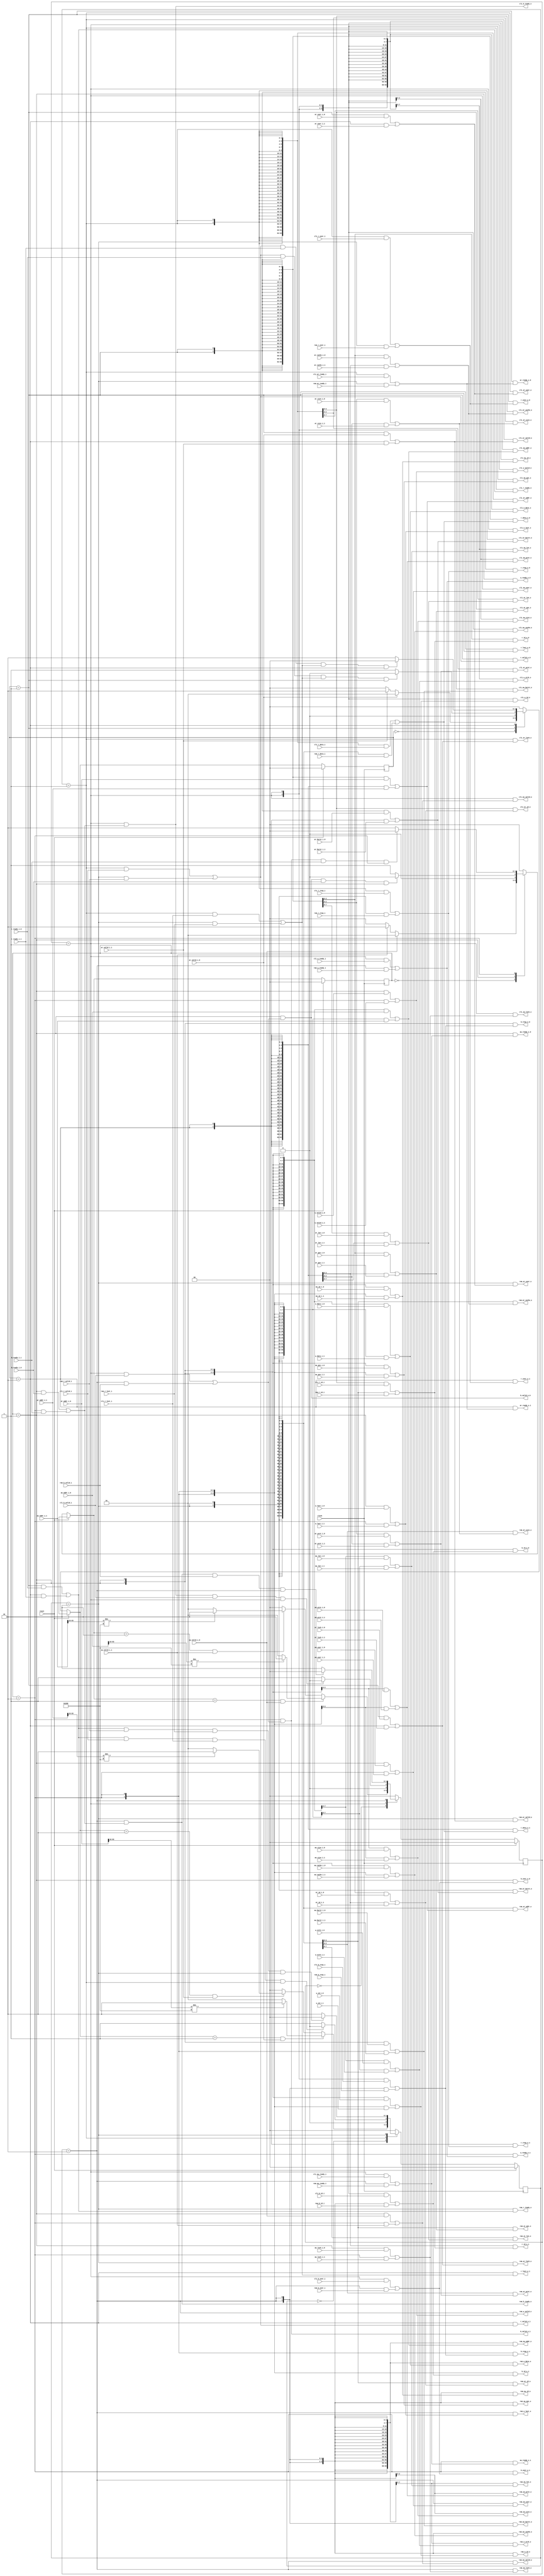
module axi_2x2 # (
  parameter RW_DATA_WIDTH     = 64,
  parameter RW_ADDR_WIDTH     = 64,
  parameter AXI_DATA_WIDTH    = 64,
  parameter AXI_ADDR_WIDTH    = 64,
  parameter AXI_ID_WIDTH      = 4,
  parameter AXI_USER_WIDTH    = 1
)(
  input  wire               clock,
  input  wire               reset,

  // Advanced eXtensible Interface
  // mem stage (master) -> 2x2 interconnect (slave)
  // id: 0001
  output wire                             aw_ready_o_0,
  input  wire                             aw_valid_i_0,
  input  wire [AXI_ADDR_WIDTH-1:0]        aw_addr_i_0,
  input  wire [2:0]                       aw_prot_i_0,
  input  wire [AXI_ID_WIDTH-1:0]          aw_id_i_0,
  input  wire [AXI_USER_WIDTH-1:0]        aw_user_i_0,
  input  wire [7:0]                       aw_len_i_0,
  input  wire [2:0]                       aw_size_i_0,
  input  wire [1:0]                       aw_burst_i_0,
  input  wire                             aw_lock_i_0,
  input  wire [3:0]                       aw_cache_i_0,
  input  wire [3:0]                       aw_qos_i_0,
  
  output wire                             w_ready_o_0,
  input  wire                             w_valid_i_0,
  input  wire [AXI_DATA_WIDTH-1:0]        w_data_i_0,
  input  wire [AXI_DATA_WIDTH/8-1:0]      w_strb_i_0,
  input  wire                             w_last_i_0,
  input  wire [AXI_ID_WIDTH-1:0]          w_id_i_0,
   
  input  wire                             b_ready_i_0,
  output wire                             b_valid_o_0,
  output wire [1:0]                       b_resp_o_0,
  output wire [AXI_ID_WIDTH-1:0]          b_id_o_0,
  output wire [AXI_USER_WIDTH-1:0]        b_user_o_0,
  
  output wire                             ar_ready_o_0,
  input  wire                             ar_valid_i_0,
  input  wire [AXI_ADDR_WIDTH-1:0]        ar_addr_i_0,
  input  wire [2:0]                       ar_prot_i_0,
  input  wire [AXI_ID_WIDTH-1:0]          ar_id_i_0,
  input  wire [AXI_USER_WIDTH-1:0]        ar_user_i_0,
  input  wire [7:0]                       ar_len_i_0,
  input  wire [2:0]                       ar_size_i_0,
  input  wire [1:0]                       ar_burst_i_0,
  input  wire                             ar_lock_i_0,
  input  wire [3:0]                       ar_cache_i_0,
  input  wire [3:0]                       ar_qos_i_0,
  
  input  wire                             r_ready_i_0,
  output wire                             r_valid_o_0,
  output wire [1:0]                       r_resp_o_0,
  output wire [AXI_DATA_WIDTH-1:0]        r_data_o_0,
  output wire                             r_last_o_0,
  output wire [AXI_ID_WIDTH-1:0]          r_id_o_0,
  output wire [AXI_USER_WIDTH-1:0]        r_user_o_0,

  // Advanced eXtensible Interface
  // if stage (master) -> 2x2 interconnect (slave)
  // id: 0000
  output wire                             aw_ready_o_1,
  input  wire                             aw_valid_i_1,
  input  wire [AXI_ADDR_WIDTH-1:0]        aw_addr_i_1,
  input  wire [2:0]                       aw_prot_i_1,
  input  wire [AXI_ID_WIDTH-1:0]          aw_id_i_1,
  input  wire [AXI_USER_WIDTH-1:0]        aw_user_i_1,
  input  wire [7:0]                       aw_len_i_1,
  input  wire [2:0]                       aw_size_i_1,
  input  wire [1:0]                       aw_burst_i_1,
  input  wire                             aw_lock_i_1,
  input  wire [3:0]                       aw_cache_i_1,
  input  wire [3:0]                       aw_qos_i_1,
  
  output wire                             w_ready_o_1,
  input  wire                             w_valid_i_1,
  input  wire [AXI_DATA_WIDTH-1:0]        w_data_i_1,
  input  wire [AXI_DATA_WIDTH/8-1:0]      w_strb_i_1,
  input  wire                             w_last_i_1,
  input  wire [AXI_ID_WIDTH-1:0]          w_id_i_1,
  
  input  wire                             b_ready_i_1,
  output wire                             b_valid_o_1,
  output wire [1:0]                       b_resp_o_1,
  output wire [AXI_ID_WIDTH-1:0]          b_id_o_1,
  output wire [AXI_USER_WIDTH-1:0]        b_user_o_1,
  
  output wire                             ar_ready_o_1,
  input  wire                             ar_valid_i_1,
  input  wire [AXI_ADDR_WIDTH-1:0]        ar_addr_i_1,
  input  wire [2:0]                       ar_prot_i_1,
  input  wire [AXI_ID_WIDTH-1:0]          ar_id_i_1,
  input  wire [AXI_USER_WIDTH-1:0]        ar_user_i_1,
  input  wire [7:0]                       ar_len_i_1,
  input  wire [2:0]                       ar_size_i_1,
  input  wire [1:0]                       ar_burst_i_1,
  input  wire                             ar_lock_i_1,
  input  wire [3:0]                       ar_cache_i_1,
  input  wire [3:0]                       ar_qos_i_1,
  
  input  wire                             r_ready_i_1,
  output wire                             r_valid_o_1,
  output wire [1:0]                       r_resp_o_1,
  output wire [AXI_DATA_WIDTH-1:0]        r_data_o_1,
  output wire                             r_last_o_1,
  output wire [AXI_ID_WIDTH-1:0]          r_id_o_1,
  output wire [AXI_USER_WIDTH-1:0]        r_user_o_1,
  
  // Advanced eXtensible Interface
  // 2x2 interconnect -> RAM
  input  wire                             ram_aw_ready_i,
  output wire                             ram_aw_valid_o,
  output wire [AXI_ADDR_WIDTH-1:0]        ram_aw_addr_o,
  output wire [2:0]                       ram_aw_prot_o,
  output wire [AXI_ID_WIDTH-1:0]          ram_aw_id_o,
  output wire [AXI_USER_WIDTH-1:0]        ram_aw_user_o,
  output wire [7:0]                       ram_aw_len_o,
  output wire [2:0]                       ram_aw_size_o,
  output wire [1:0]                       ram_aw_burst_o,
  output wire                             ram_aw_lock_o,
  output wire [3:0]                       ram_aw_cache_o,
  output wire [3:0]                       ram_aw_qos_o,
  
  input  wire                             ram_w_ready_i,
  output wire                             ram_w_valid_o,
  output wire [AXI_DATA_WIDTH-1:0]        ram_w_data_o,
  output wire [AXI_DATA_WIDTH/8-1:0]      ram_w_strb_o,
  output wire                             ram_w_last_o,
  output wire [AXI_ID_WIDTH-1:0]          ram_w_id_o,
  
  output wire                             ram_b_ready_o,
  input  wire                             ram_b_valid_i,
  input  wire [1:0]                       ram_b_resp_i,
  input  wire [AXI_ID_WIDTH-1:0]          ram_b_id_i,
  input  wire [AXI_USER_WIDTH-1:0]        ram_b_user_i,
  
  input  wire                             ram_ar_ready_i,
  output wire                             ram_ar_valid_o,
  output wire [AXI_ADDR_WIDTH-1:0]        ram_ar_addr_o,
  output wire [2:0]                       ram_ar_prot_o,
  output wire [AXI_ID_WIDTH-1:0]          ram_ar_id_o,
  output wire [AXI_USER_WIDTH-1:0]        ram_ar_user_o,
  output wire [7:0]                       ram_ar_len_o,
  output wire [2:0]                       ram_ar_size_o,
  output wire [1:0]                       ram_ar_burst_o,
  output wire                             ram_ar_lock_o,
  output wire [3:0]                       ram_ar_cache_o,
  output wire [3:0]                       ram_ar_qos_o,
  
  output wire                             ram_r_ready_o,
  input  wire                             ram_r_valid_i,
  input  wire [1:0]                       ram_r_resp_i,
  input  wire [AXI_DATA_WIDTH-1:0]        ram_r_data_i,
  input  wire                             ram_r_last_i,
  input  wire [AXI_ID_WIDTH-1:0]          ram_r_id_i,
  input  wire [AXI_USER_WIDTH-1:0]        ram_r_user_i,
  
  // 2x2 interconnect -> CLINT
  input  wire                             cli_aw_ready_i,
  output wire                             cli_aw_valid_o,
  output wire [AXI_ADDR_WIDTH-1:0]        cli_aw_addr_o,
  output wire [2:0]                       cli_aw_prot_o,
  output wire [AXI_ID_WIDTH-1:0]          cli_aw_id_o,
  output wire [AXI_USER_WIDTH-1:0]        cli_aw_user_o,
  output wire [7:0]                       cli_aw_len_o,
  output wire [2:0]                       cli_aw_size_o,
  output wire [1:0]                       cli_aw_burst_o,
  output wire                             cli_aw_lock_o,
  output wire [3:0]                       cli_aw_cache_o,
  output wire [3:0]                       cli_aw_qos_o,
  
  input  wire                             cli_w_ready_i,
  output wire                             cli_w_valid_o,
  output wire [AXI_DATA_WIDTH-1:0]        cli_w_data_o,
  output wire [AXI_DATA_WIDTH/8-1:0]      cli_w_strb_o,
  output wire                             cli_w_last_o,
  output wire [AXI_ID_WIDTH-1:0]          cli_w_id_o,
  
  output wire                             cli_b_ready_o,
  input  wire                             cli_b_valid_i,
  input  wire [1:0]                       cli_b_resp_i,
  input  wire [AXI_ID_WIDTH-1:0]          cli_b_id_i,
  input  wire [AXI_USER_WIDTH-1:0]        cli_b_user_i,
  
  input  wire                             cli_ar_ready_i,
  output wire                             cli_ar_valid_o,
  output wire [AXI_ADDR_WIDTH-1:0]        cli_ar_addr_o,
  output wire [2:0]                       cli_ar_prot_o,
  output wire [AXI_ID_WIDTH-1:0]          cli_ar_id_o,
  output wire [AXI_USER_WIDTH-1:0]        cli_ar_user_o,
  output wire [7:0]                       cli_ar_len_o,
  output wire [2:0]                       cli_ar_size_o,
  output wire [1:0]                       cli_ar_burst_o,
  output wire                             cli_ar_lock_o,
  output wire [3:0]                       cli_ar_cache_o,
  output wire [3:0]                       cli_ar_qos_o,
  
  output wire                             cli_r_ready_o,
  input  wire                             cli_r_valid_i,
  input  wire [1:0]                       cli_r_resp_i,
  input  wire [AXI_DATA_WIDTH-1:0]        cli_r_data_i,
  input  wire                             cli_r_last_i,
  input  wire [AXI_ID_WIDTH-1:0]          cli_r_id_i,
  input  wire [AXI_USER_WIDTH-1:0]        cli_r_user_i
);
  wire debug_oc_r = ram_ar_addr_o[63:4] == 56'h00000000_801cc68;
  wire debug_oc_w = ram_aw_addr_o[63:4] == 56'h00000000_801cc68;

  // bridge between master and slave
  wire                             mid_aw_ready;
  wire                             mid_aw_valid;
  wire [AXI_ADDR_WIDTH-1:0]        mid_aw_addr;
  wire [2:0]                       mid_aw_prot;
  wire [AXI_ID_WIDTH-1:0]          mid_aw_id;
  wire [AXI_USER_WIDTH-1:0]        mid_aw_user;
  wire [7:0]                       mid_aw_len;
  wire [2:0]                       mid_aw_size;
  wire [1:0]                       mid_aw_burst;
  wire                             mid_aw_lock;
  wire [3:0]                       mid_aw_cache;
  wire [3:0]                       mid_aw_qos;
  
  wire                             mid_w_ready;
  wire                             mid_w_valid;
  wire [AXI_DATA_WIDTH-1:0]        mid_w_data;
  wire [AXI_DATA_WIDTH/8-1:0]      mid_w_strb;
  wire                             mid_w_last;
  wire [AXI_ID_WIDTH-1:0]          mid_w_id;
  
  wire                             mid_b_ready;
  wire                             mid_b_valid;
  wire [1:0]                       mid_b_resp;
  wire [AXI_ID_WIDTH-1:0]          mid_b_id;
  wire [AXI_USER_WIDTH-1:0]        mid_b_user;
  
  wire                             mid_ar_ready;
  wire                             mid_ar_valid;
  wire [AXI_ADDR_WIDTH-1:0]        mid_ar_addr;
  wire [2:0]                       mid_ar_prot;
  wire [AXI_ID_WIDTH-1:0]          mid_ar_id;
  wire [AXI_USER_WIDTH-1:0]        mid_ar_user;
  wire [7:0]                       mid_ar_len;
  wire [2:0]                       mid_ar_size;
  wire [1:0]                       mid_ar_burst;
  wire                             mid_ar_lock;
  wire [3:0]                       mid_ar_cache;
  wire [3:0]                       mid_ar_qos;
  
  wire                             mid_r_ready;
  wire                             mid_r_valid;
  wire [1:0]                       mid_r_resp;
  wire [AXI_DATA_WIDTH-1:0]        mid_r_data;
  wire                             mid_r_last;
  wire [AXI_ID_WIDTH-1:0]          mid_r_id;
  wire [AXI_USER_WIDTH-1:0]        mid_r_user;

  wire r_finish_0 = mid_r_valid && r_ready_i_0 && mid_r_last && r_state_0;
  wire r_finish_1 = mid_r_valid && r_ready_i_1 && mid_r_last && r_state_1;
  wire r_finish_cli = mid_r_ready && cli_r_valid_i && cli_r_last_i && r_state_cli;
  wire r_finish_ram = mid_r_ready && ram_r_valid_i && ram_r_last_i && r_state_ram;
  wire w_finish_0 = b_valid_o_0 && b_ready_i_0 && w_state_0;
  wire w_finish_1 = b_valid_o_1 && b_ready_i_1 && w_state_1;
  wire w_finish_cli = cli_b_ready_o && cli_b_valid_i && w_state_cli;
  wire w_finish_ram = ram_b_ready_o && ram_b_valid_i && w_state_ram;

  // ------------------State Machine------------------
  parameter [1:0] STATE_IDLE  = 2'b00;
  // master state
  parameter [1:0] STATE_0 = 2'b01, STATE_1 = 2'b10;
  // slave state
  parameter [1:0] STATE_CLINT = 2'b01, STATE_RAM = 2'b10;
  
  // Write State Machine
  // Master
  reg [1:0] master_w_state, slave_w_state;
  wire w_0_to_cli = ~w_0_to_ram;
  wire w_0_to_ram = aw_addr_i_0[63:16] != 48'h00000000_0200;
  wire w_1_to_cli = ~w_1_to_ram;
  wire w_1_to_ram = aw_addr_i_1[63:16] != 48'h00000000_0200;
  
  // Current Stage
  always @(posedge clock) begin
    if (reset) begin
      master_w_state <= STATE_IDLE;
      slave_w_state <= STATE_IDLE;
    end
    else begin
      master_w_state <= master_w_next_state;
      slave_w_state <= slave_w_next_state;
    end
  end
  
  // Next Stage
  reg [1:0] master_w_next_state, slave_w_next_state;
  always @(*) begin
    if (reset) begin
      master_w_next_state = STATE_IDLE;
      slave_w_next_state  = STATE_IDLE;
    end
    else begin
      // master side
      case (master_w_state)
        STATE_IDLE: begin
          if (aw_valid_i_0) begin
            master_w_next_state = STATE_0;
          end
          else if (aw_valid_i_1) begin
            master_w_next_state = STATE_1;
          end
          else begin
            master_w_next_state = STATE_IDLE;
          end
        end
        STATE_0: begin
          if (w_finish_0) begin
            master_w_next_state = STATE_IDLE;
          end
          else begin
            master_w_next_state = STATE_0;
          end
        end
        STATE_1: begin
          if (w_finish_1) begin
            master_w_next_state = STATE_IDLE;
          end
          else begin
            master_w_next_state = STATE_1;
          end
        end
        default: begin
          master_w_next_state = STATE_IDLE;
        end
      endcase
      // slave side
      case (slave_w_state)
        STATE_IDLE: begin
          if ((master_w_next_state == STATE_0) && aw_valid_i_0) begin
            slave_w_next_state = w_0_to_ram ? STATE_RAM : STATE_CLINT;
          end
          else if ((master_w_next_state == STATE_1) && aw_valid_i_1) begin
            slave_w_next_state = w_1_to_ram ? STATE_RAM : STATE_CLINT;
          end
          else begin
            slave_w_next_state = STATE_IDLE;
          end
        end
        STATE_CLINT: begin
          if (w_finish_cli) begin
            slave_w_next_state = STATE_IDLE;
          end
          else begin
            slave_w_next_state = STATE_CLINT;
          end
        end
        STATE_RAM: begin
          if (w_finish_ram) begin
            slave_w_next_state = STATE_IDLE;
          end
          else begin
            slave_w_next_state = STATE_RAM;
          end
        end
        default: begin
          slave_w_next_state = STATE_IDLE;
        end
      endcase
    end
  end
  
  // Read State Machine
  reg [1:0] master_r_state, slave_r_state;
  wire r_0_to_cli = ~r_0_to_ram;
  wire r_0_to_ram = ar_addr_i_0[63:16] != 48'h00000000_0200;
  wire r_1_to_cli = ~r_1_to_ram;
  wire r_1_to_ram = ar_addr_i_1[63:16] != 48'h00000000_0200;

  // Current Stage
  always @(posedge clock) begin
    if (reset) begin
      master_r_state <= STATE_IDLE;
      slave_r_state <= STATE_IDLE;
    end
    else begin
      master_r_state <= master_r_next_state;
      slave_r_state <= slave_r_next_state;
    end
  end
  
  // Next Stage
  reg [1:0] master_r_next_state, slave_r_next_state;
  always @(*) begin
    if (reset) begin
      master_r_next_state = STATE_IDLE;
      slave_r_next_state  = STATE_IDLE;
    end
    else begin
      // master side
      case (master_r_state)
        STATE_IDLE: begin
          if (ar_valid_i_0) begin
            master_r_next_state = STATE_0;
          end
          else if (ar_valid_i_1) begin
            master_r_next_state = STATE_1;
          end
          else begin
            master_r_next_state = STATE_IDLE;
          end
        end
        STATE_0: begin
          if (r_finish_0) begin
            master_r_next_state = STATE_IDLE;
          end
          else begin
            master_r_next_state = STATE_0;
          end
        end
        STATE_1: begin
          if (r_finish_1) begin
            master_r_next_state = STATE_IDLE;
          end
          else begin
            master_r_next_state = STATE_1;
          end
        end
        default: begin
          master_r_next_state = STATE_IDLE;
        end
      endcase

      // slave side
      case (slave_r_state)
        STATE_IDLE: begin
          if ((master_r_next_state == STATE_0) && ar_valid_i_0) begin
            slave_r_next_state = r_0_to_ram ? STATE_RAM : STATE_CLINT;
          end
          else if ((master_r_next_state == STATE_1) && ar_valid_i_1) begin
            slave_r_next_state = r_1_to_ram ? STATE_RAM : STATE_CLINT;
          end
          else begin
            slave_r_next_state = STATE_IDLE;
          end
        end
        STATE_CLINT: begin
          if (r_finish_cli) begin
            slave_r_next_state = STATE_IDLE;
          end
          else begin
            slave_r_next_state = STATE_CLINT;
          end
        end
        STATE_RAM: begin
          if (r_finish_ram) begin
            slave_r_next_state = STATE_IDLE;
          end
          else begin
            slave_r_next_state = STATE_RAM;
          end
        end
        default: begin
          slave_r_next_state = STATE_IDLE;
        end
      endcase
    end
  end
  
  // Write Output
  wire w_state_0 = (master_w_state == STATE_0);
  wire w_state_1 = (master_w_state == STATE_1);
  wire w_state_cli = (slave_w_state == STATE_CLINT);
  wire w_state_ram = (slave_w_state == STATE_RAM);
  
  // master side
  // to MEM
  assign aw_ready_o_0  = w_state_0                   & mid_aw_ready;
  assign w_ready_o_0   = w_state_0                   & mid_w_ready;
  assign b_valid_o_0   = w_state_0                   & mid_b_valid;
  assign b_resp_o_0    = {2{w_state_0}}              & mid_b_resp;
  assign b_id_o_0      = {AXI_ID_WIDTH{w_state_0}}   & mid_b_id;
  assign b_user_o_0    = {AXI_USER_WIDTH{w_state_0}} & mid_b_user;
  
  // to IF
  assign aw_ready_o_1  = w_state_1                   & mid_aw_ready;
  assign w_ready_o_1   = w_state_1                   & mid_w_ready;
  assign b_valid_o_1   = w_state_1                   & mid_b_valid;
  assign b_resp_o_1    = {2{w_state_1}}              & mid_b_resp;
  assign b_id_o_1      = {AXI_ID_WIDTH{w_state_1}}   & mid_b_id;
  assign b_user_o_1    = {AXI_USER_WIDTH{w_state_1}} & mid_b_user;

  // bridge side
  assign mid_aw_ready = (
      (w_state_cli & cli_aw_ready_i)
    | (w_state_ram & ram_aw_ready_i)
  );
  assign mid_aw_valid = (
      (w_state_0 & aw_valid_i_0) 
    | (w_state_1 & aw_valid_i_1)
  );
  assign mid_aw_addr = (
      ({AXI_ADDR_WIDTH{w_state_0}} & aw_addr_i_0) 
    | ({AXI_ADDR_WIDTH{w_state_1}} & aw_addr_i_1)
  );
  assign mid_aw_prot = (
      ({3{w_state_0}} & aw_prot_i_0) 
    | ({3{w_state_1}} & aw_prot_i_1)
  );
  assign mid_aw_id = (
      ({AXI_ID_WIDTH{w_state_0}} & aw_id_i_0) 
    | ({AXI_ID_WIDTH{w_state_1}} & aw_id_i_1)
  );
  assign mid_aw_user = (
      ({AXI_USER_WIDTH{w_state_0}} & aw_user_i_0) 
    | ({AXI_USER_WIDTH{w_state_1}} & aw_user_i_1)
  );
  assign mid_aw_len = (
      ({8{w_state_0}} & aw_len_i_0) 
    | ({8{w_state_1}} & aw_len_i_1)
  );
  assign mid_aw_size = (
      ({3{w_state_0}} & aw_size_i_0) 
    | ({3{w_state_1}} & aw_size_i_1)
  );
  assign mid_aw_burst = (
      ({2{w_state_0}} & aw_burst_i_0) 
    | ({2{w_state_1}} & aw_burst_i_1)
  );
  assign mid_aw_lock = (
      (w_state_0 & aw_lock_i_0) 
    | (w_state_1 & aw_lock_i_1)
  );
  assign mid_aw_cache = (
      ({4{w_state_0}} & aw_cache_i_0) 
    | ({4{w_state_1}} & aw_cache_i_1)
  );
  assign mid_aw_qos = (
      ({4{w_state_0}} & aw_qos_i_0) 
    | ({4{w_state_1}} & aw_qos_i_1)
  );
  
  assign mid_w_ready = (
      (w_state_cli & cli_w_ready_i)
    | (w_state_ram & ram_w_ready_i)
  );
  assign mid_w_valid = (
      (w_state_0 & w_valid_i_0) 
    | (w_state_1 & w_valid_i_1)
  );
  assign mid_w_data =(
      ({AXI_DATA_WIDTH{w_state_0}} & w_data_i_0) 
    | ({AXI_DATA_WIDTH{w_state_1}} & w_data_i_1)
  );
  assign mid_w_strb = (
      ({8{w_state_0}} & w_strb_i_0) 
    | ({8{w_state_1}} & w_strb_i_1)
  );
  assign mid_w_last = (
      (w_state_0 & w_last_i_0) 
    | (w_state_1 & w_last_i_1)
  );
  assign mid_w_id = (
      ({AXI_ID_WIDTH{w_state_0}} & w_id_i_0) 
    | ({AXI_ID_WIDTH{w_state_1}} & w_id_i_1)
  );
  
  assign mid_b_ready = (
      (w_state_0 & b_ready_i_0) 
    | (w_state_1 & b_ready_i_1)
  );
  assign mid_b_valid = (
      (w_state_cli & cli_b_valid_i)
    | (w_state_ram & ram_b_valid_i)
  );
  assign mid_b_resp = (
      ({2{w_state_cli}} & cli_b_resp_i)
    | ({2{w_state_ram}} & ram_b_resp_i)
  );
  assign mid_b_id = (
      ({AXI_ID_WIDTH{w_state_cli}} & cli_b_id_i)
    | ({AXI_ID_WIDTH{w_state_ram}} & ram_b_id_i)
  );
  assign mid_b_user = (
      ({AXI_USER_WIDTH{w_state_cli}} & cli_b_user_i)
    | ({AXI_USER_WIDTH{w_state_ram}} & ram_b_user_i)
  );
  
  // slave side
  assign ram_aw_valid_o = w_state_ram & mid_aw_valid;
  assign ram_aw_addr_o = {AXI_ADDR_WIDTH{w_state_ram}} & mid_aw_addr;
  assign ram_aw_prot_o = {3{w_state_ram}} & mid_aw_prot;
  assign ram_aw_id_o = {AXI_ID_WIDTH{w_state_ram}} & mid_aw_id;
  assign ram_aw_user_o = {AXI_USER_WIDTH{w_state_ram}} & mid_aw_user;
  assign ram_aw_len_o = {8{w_state_ram}} & mid_aw_len;
  assign ram_aw_size_o = {3{w_state_ram}} & mid_aw_size;
  assign ram_aw_burst_o = {2{w_state_ram}} & mid_aw_burst;
  assign ram_aw_lock_o = w_state_ram & mid_aw_lock;
  assign ram_aw_cache_o = {4{w_state_ram}} & mid_aw_cache;
  assign ram_aw_qos_o = {4{w_state_ram}} & mid_aw_qos;
  
  assign ram_w_valid_o = w_state_ram & mid_w_valid;
  assign ram_w_data_o = {AXI_DATA_WIDTH{w_state_ram}} & mid_w_data;
  assign ram_w_strb_o = {AXI_DATA_WIDTH/8{w_state_ram}} & mid_w_strb;
  assign ram_w_last_o = w_state_ram & mid_w_last;
  assign ram_w_id_o = {AXI_ID_WIDTH{w_state_ram}} & mid_w_id;
  
  assign ram_b_ready_o = w_state_ram & mid_b_ready;

  assign cli_aw_valid_o = w_state_cli & mid_aw_valid;
  assign cli_aw_addr_o = {AXI_ADDR_WIDTH{w_state_cli}} & mid_aw_addr;
  assign cli_aw_prot_o = {3{w_state_cli}} & mid_aw_prot;
  assign cli_aw_id_o = {AXI_ID_WIDTH{w_state_cli}} & mid_aw_id;
  assign cli_aw_user_o = {AXI_USER_WIDTH{w_state_cli}} & mid_aw_user;
  assign cli_aw_len_o = {8{w_state_cli}} & mid_aw_len;
  assign cli_aw_size_o = {3{w_state_cli}} & mid_aw_size;
  assign cli_aw_burst_o = {2{w_state_cli}} & mid_aw_burst;
  assign cli_aw_lock_o = w_state_cli & mid_aw_lock;
  assign cli_aw_cache_o = {4{w_state_cli}} & mid_aw_cache;
  assign cli_aw_qos_o = {4{w_state_cli}} & mid_aw_qos;
  
  assign cli_w_valid_o = w_state_cli & mid_w_valid;
  assign cli_w_data_o = {AXI_DATA_WIDTH{w_state_cli}} & mid_w_data;
  assign cli_w_strb_o = {AXI_DATA_WIDTH/8{w_state_cli}} & mid_w_strb;
  assign cli_w_last_o = w_state_cli & mid_w_last;
  assign cli_w_id_o = {AXI_ID_WIDTH{w_state_cli}} & mid_w_id;
  
  assign cli_b_ready_o = w_state_cli & mid_b_ready;

  // Read Output
  wire r_state_0 = (master_r_state == STATE_0);
  wire r_state_1 = (master_r_state == STATE_1);
  wire r_state_cli = (slave_r_state == STATE_CLINT);
  wire r_state_ram = (slave_r_state == STATE_RAM);
  
  // master side
  // to MEM
  assign ar_ready_o_0  = r_state_0                    & mid_ar_ready;
  assign r_valid_o_0   = r_state_0                    & mid_r_valid;
  assign r_resp_o_0    = {2{r_state_0}}               & mid_r_resp;
  assign r_data_o_0    = {AXI_DATA_WIDTH{r_state_0}}  & mid_r_data;
  assign r_last_o_0    = r_state_0                    & mid_r_last;
  assign r_id_o_0      = {AXI_ID_WIDTH{r_state_0}}    & mid_r_id;
  assign r_user_o_0    = {AXI_USER_WIDTH{r_state_0}}  & mid_r_user;
  
  // to IF
  assign ar_ready_o_1  = r_state_1                    & mid_ar_ready;
  assign r_valid_o_1   = r_state_1                    & mid_r_valid;
  assign r_resp_o_1    = {2{r_state_1}}               & mid_r_resp;
  assign r_data_o_1    = {AXI_DATA_WIDTH{r_state_1}}  & mid_r_data;
  assign r_last_o_1    = r_state_1                    & mid_r_last;
  assign r_id_o_1      = {AXI_ID_WIDTH{r_state_1}}    & mid_r_id;
  assign r_user_o_1    = {AXI_USER_WIDTH{r_state_1}}  & mid_r_user;
  
  // bridge side
  assign mid_ar_ready = (
      (r_state_cli & cli_ar_ready_i)
    | (r_state_ram & ram_ar_ready_i)
  );
  assign mid_ar_valid = (
      (r_state_0 & ar_valid_i_0) 
    | (r_state_1 & ar_valid_i_1)
  );
  assign mid_ar_addr = (
      ({AXI_ADDR_WIDTH{r_state_0}} & ar_addr_i_0) 
    | ({AXI_ADDR_WIDTH{r_state_1}} & ar_addr_i_1)
  );
  assign mid_ar_prot = (
      ({3{r_state_0}} & ar_prot_i_0) 
    | ({3{r_state_1}} & ar_prot_i_1)
  );
  assign mid_ar_id = (
      ({AXI_ID_WIDTH{r_state_0}} & ar_id_i_0) 
    | ({AXI_ID_WIDTH{r_state_1}} & ar_id_i_1)
  );
  assign mid_ar_user = (
      ({AXI_USER_WIDTH{r_state_0}} & ar_user_i_0) 
    | ({AXI_USER_WIDTH{r_state_1}} & ar_user_i_1)
  );
  assign mid_ar_len = (
      ({8{r_state_0}} & ar_len_i_0) 
    | ({8{r_state_1}} & ar_len_i_1)
  );
  assign mid_ar_size = (
      ({3{r_state_0}} & ar_size_i_0) 
    | ({3{r_state_1}} & ar_size_i_1)
  );
  assign mid_ar_burst = (
      ({2{r_state_0}} & ar_burst_i_0) 
    | ({2{r_state_1}} & ar_burst_i_1)
  );
  assign mid_ar_lock = (
      (r_state_0 & ar_lock_i_0) 
    | (r_state_1 & ar_lock_i_1)
  );
  assign mid_ar_cache = (
      ({4{r_state_0}} & ar_cache_i_0) 
    | ({4{r_state_1}} & ar_cache_i_1)
  );
  assign mid_ar_qos = (
      ({4{r_state_0}} & ar_qos_i_0) 
    | ({4{r_state_1}} & ar_qos_i_1)
  );
    
  assign mid_r_ready = (
      (r_state_0 & r_ready_i_0) 
    | (r_state_1 & r_ready_i_1)
  );
  assign mid_r_valid = (
      (r_state_cli & cli_r_valid_i)
    | (r_state_ram & ram_r_valid_i)
  );
  assign mid_r_resp = (
      ({2{r_state_cli}} & cli_r_resp_i)
    | ({2{r_state_ram}} & ram_r_resp_i)
  );
  assign mid_r_data = (
      ({AXI_DATA_WIDTH{r_state_cli}} & cli_r_data_i)
    | ({AXI_DATA_WIDTH{r_state_ram}} & ram_r_data_i)
  );
  assign mid_r_last = (
      (r_state_cli & cli_r_last_i)
    | (r_state_ram & ram_r_last_i)
  );
  assign mid_r_id = (
      ({AXI_ID_WIDTH{r_state_cli}} & cli_r_id_i)
    | ({AXI_ID_WIDTH{r_state_ram}} & ram_r_id_i)
  );
  assign mid_r_user = (
      ({AXI_USER_WIDTH{r_state_cli}} & cli_r_user_i)
    | ({AXI_USER_WIDTH{r_state_ram}} & ram_r_user_i)
  );
  
  // slave side
  assign ram_ar_valid_o = r_state_ram & mid_ar_valid;
  assign ram_ar_addr_o = {AXI_ADDR_WIDTH{r_state_ram}} & mid_ar_addr;
  assign ram_ar_prot_o = {3{r_state_ram}} & mid_ar_prot;
  assign ram_ar_id_o = {AXI_ID_WIDTH{r_state_ram}} & mid_ar_id;
  assign ram_ar_user_o = {AXI_USER_WIDTH{r_state_ram}} & mid_ar_user;
  assign ram_ar_len_o = {8{r_state_ram}} & mid_ar_len;
  assign ram_ar_size_o = {3{r_state_ram}} & mid_ar_size;
  assign ram_ar_burst_o = {2{r_state_ram}} & mid_ar_burst;
  assign ram_ar_lock_o = r_state_ram & mid_ar_lock;
  assign ram_ar_cache_o = {4{r_state_ram}} & mid_ar_cache;
  assign ram_ar_qos_o = {4{r_state_ram}} & mid_ar_qos;
  
  assign ram_r_ready_o = r_state_ram & mid_r_ready;

  assign cli_ar_valid_o = r_state_cli & mid_ar_valid;
  assign cli_ar_addr_o = {AXI_ADDR_WIDTH{r_state_cli}} & mid_ar_addr;
  assign cli_ar_prot_o = {3{r_state_cli}} & mid_ar_prot;
  assign cli_ar_id_o = {AXI_ID_WIDTH{r_state_cli}} & mid_ar_id;
  assign cli_ar_user_o = {AXI_USER_WIDTH{r_state_cli}} & mid_ar_user;
  assign cli_ar_len_o = {8{r_state_cli}} & mid_ar_len;
  assign cli_ar_size_o = {3{r_state_cli}} & mid_ar_size;
  assign cli_ar_burst_o = {2{r_state_cli}} & mid_ar_burst;
  assign cli_ar_lock_o = r_state_cli & mid_ar_lock;
  assign cli_ar_cache_o = {4{r_state_cli}} & mid_ar_cache;
  assign cli_ar_qos_o = {4{r_state_cli}} & mid_ar_qos;
  
  assign cli_r_ready_o = r_state_cli & mid_r_ready;
endmodule